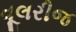
વૂલરીજ